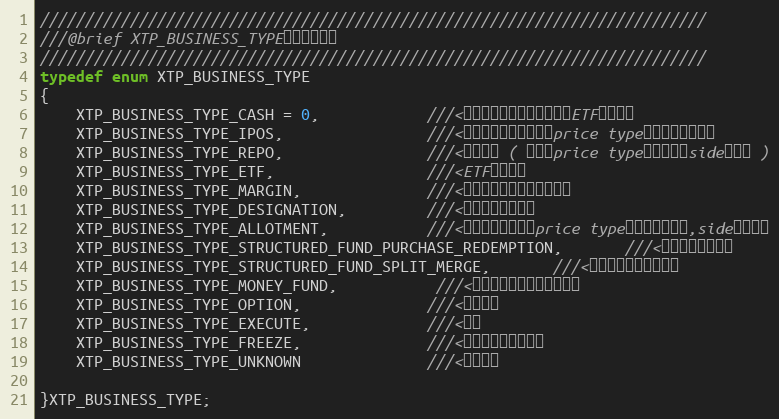
Language: C
//////////////////////////////////////////////////////////////////////////
///@brief XTP_BUSINESS_TYPE证券业务类型
//////////////////////////////////////////////////////////////////////////
typedef enum XTP_BUSINESS_TYPE
{
	XTP_BUSINESS_TYPE_CASH = 0,            ///<普通股票业务（股票买卖，ETF买卖等）
	XTP_BUSINESS_TYPE_IPOS,                ///<新股申购业务（对应的price type需选择限价类型）
	XTP_BUSINESS_TYPE_REPO,                ///<回购业务 ( 对应的price type填为限价，side填为卖 )
	XTP_BUSINESS_TYPE_ETF,                 ///<ETF申赎业务
	XTP_BUSINESS_TYPE_MARGIN,              ///<融资融券业务（暂未支持）
	XTP_BUSINESS_TYPE_DESIGNATION,         ///<转托管（未支持）
	XTP_BUSINESS_TYPE_ALLOTMENT,		   ///<配股业务（对应的price type需选择限价类型,side填为买）
	XTP_BUSINESS_TYPE_STRUCTURED_FUND_PURCHASE_REDEMPTION,	   ///<分级基金申赎业务
	XTP_BUSINESS_TYPE_STRUCTURED_FUND_SPLIT_MERGE,	   ///<分级基金拆分合并业务
	XTP_BUSINESS_TYPE_MONEY_FUND,		   ///<货币基金业务（暂未支持）
    XTP_BUSINESS_TYPE_OPTION,              ///<期权业务
    XTP_BUSINESS_TYPE_EXECUTE,             ///<行权
    XTP_BUSINESS_TYPE_FREEZE,              ///<锁定解锁，暂不支持
	XTP_BUSINESS_TYPE_UNKNOWN              ///<未知类型

}XTP_BUSINESS_TYPE;